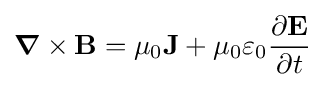
{\boldsymbol {\nabla }}\times \mathbf {B} =\mu _{0}\mathbf {J} +\mu _{0}\varepsilon _{0}{\frac {\partial \mathbf {E} }{\partial t}}\